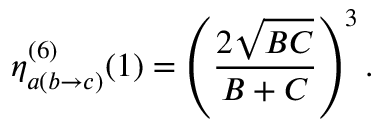
\eta _ { a ( b \rightarrow c ) } ^ { ( 6 ) } ( 1 ) = \left( { \frac { 2 \sqrt { B C } } { B + C } } \right) ^ { 3 } .